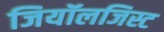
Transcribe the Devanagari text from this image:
जियॉलजिस्ट